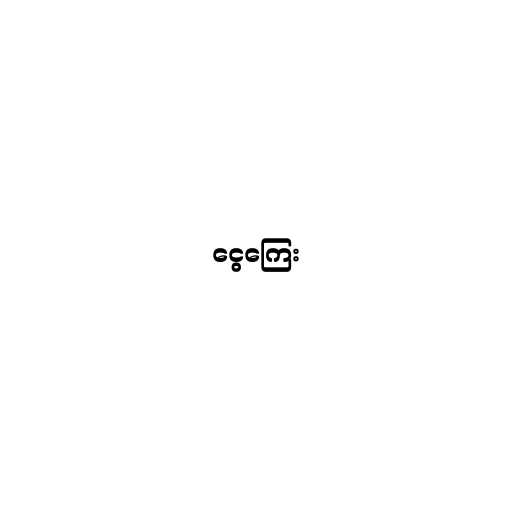
ငွေကြေး